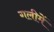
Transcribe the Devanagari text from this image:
गलीमें